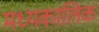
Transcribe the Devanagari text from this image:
मध्यकालिक